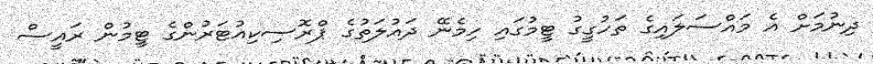
ދިނުމަށް އެ މައްސަލައިގެ ތަހުގީގު ޓީމުގައި ހިމެނޭ ދައުލަތުގެ ޕްރޮސިކިއުޓަރުންގެ ޓީމުން ރައީސް